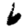
Digit: 6